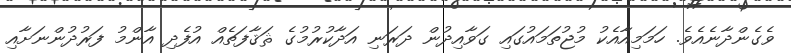
ވެގެންދާނެއެވެ. ހަމަމިއާއެކު މުޖުތަމައުގައި ގަވާއިދުން ދަރަނި އަދާކުރުމުގެ ޘަޤާފަތެއް އުފެދި އާންމު ފަރުދުންނަށާއި